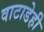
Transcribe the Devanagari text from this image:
वाटाडेही